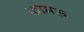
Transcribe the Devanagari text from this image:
कामरू